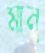
মান্